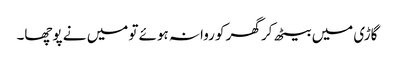
گاڑی میں بیٹھ کر گھر کو روانہ ہوئے تو میں نے پوچھا۔